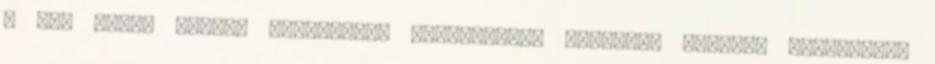
a MÁV nehéz anyagi helyzetére tekintettel hajlandó részben átvállalni